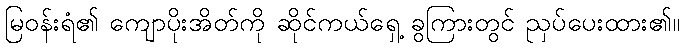
မြဝန်းရံ၏ ကျောပိုးအိတ်ကို ဆိုင်ကယ်ရှေ့ ခွကြားတွင် ညှပ်ပေးထား၏။